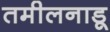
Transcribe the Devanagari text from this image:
तमीलनाडू